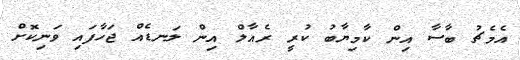
އެމެޗު ބާސާ އިން ކާމިޔާބު ކުރީ ރެއާލް އިން ލަނޑެއް ޖަހާފައި ވަނިކޮށް